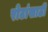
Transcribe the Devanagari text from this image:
रोटांसाठी